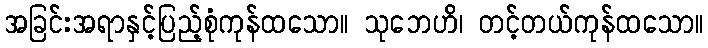
အခြင်းအရာနှင့်ပြည့်စုံကုန်ထသော။ သုဘေဟိ၊ တင့်တယ်ကုန်ထသော။